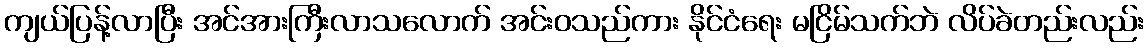
ကျယ်ပြန့်လာပြီး အင်အားကြီးလာသလောက် အင်းဝသည်ကား နိုင်ငံရေး မငြိမ်သက်ဘဲ လိပ်ခဲတည်းလည်း